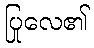
ပြုလေ၏